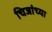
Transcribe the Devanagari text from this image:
चिजांच्या